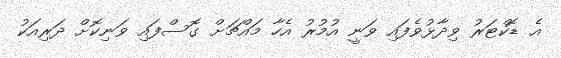
އެ ޑޮކްޓަރު ވިދާޅުވެފައި ވަނީ އުމުރު އެހާ މައްޗަށް ގޮސްފައި ވަނިކޮށް ދަރިއަކު